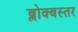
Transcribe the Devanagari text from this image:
ब्लोक्बस्तर